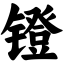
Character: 镫